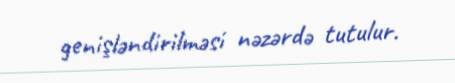
genişləndirilməsi nəzərdə tutulur.